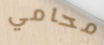
محامي